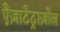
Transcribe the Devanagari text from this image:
ऐज़ाटेट्राज़ोल